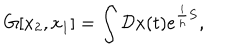
G [ x _ { 2 } , x _ { 1 } ] = \int { \cal D } x ( t ) e ^ { { \frac { i } { h } } S } ,